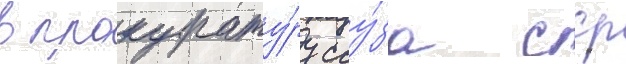
в прокурату́ру соу́за сср